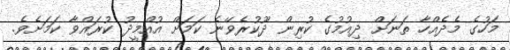
މަހުގެ މެދެއްހާ ތަނަށް ދިއުމުގެ ކުރިން ދޫކުރެވޭނެ ކަމަށް އުއްމީދު ކުރައްވާ ކަމަށެވެ.